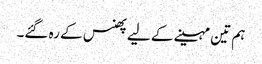
ہم تین مہینے کے لیے پھنس کے رہ گئے۔